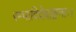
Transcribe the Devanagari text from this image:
रम्भादिदेवाङ्गनाः।